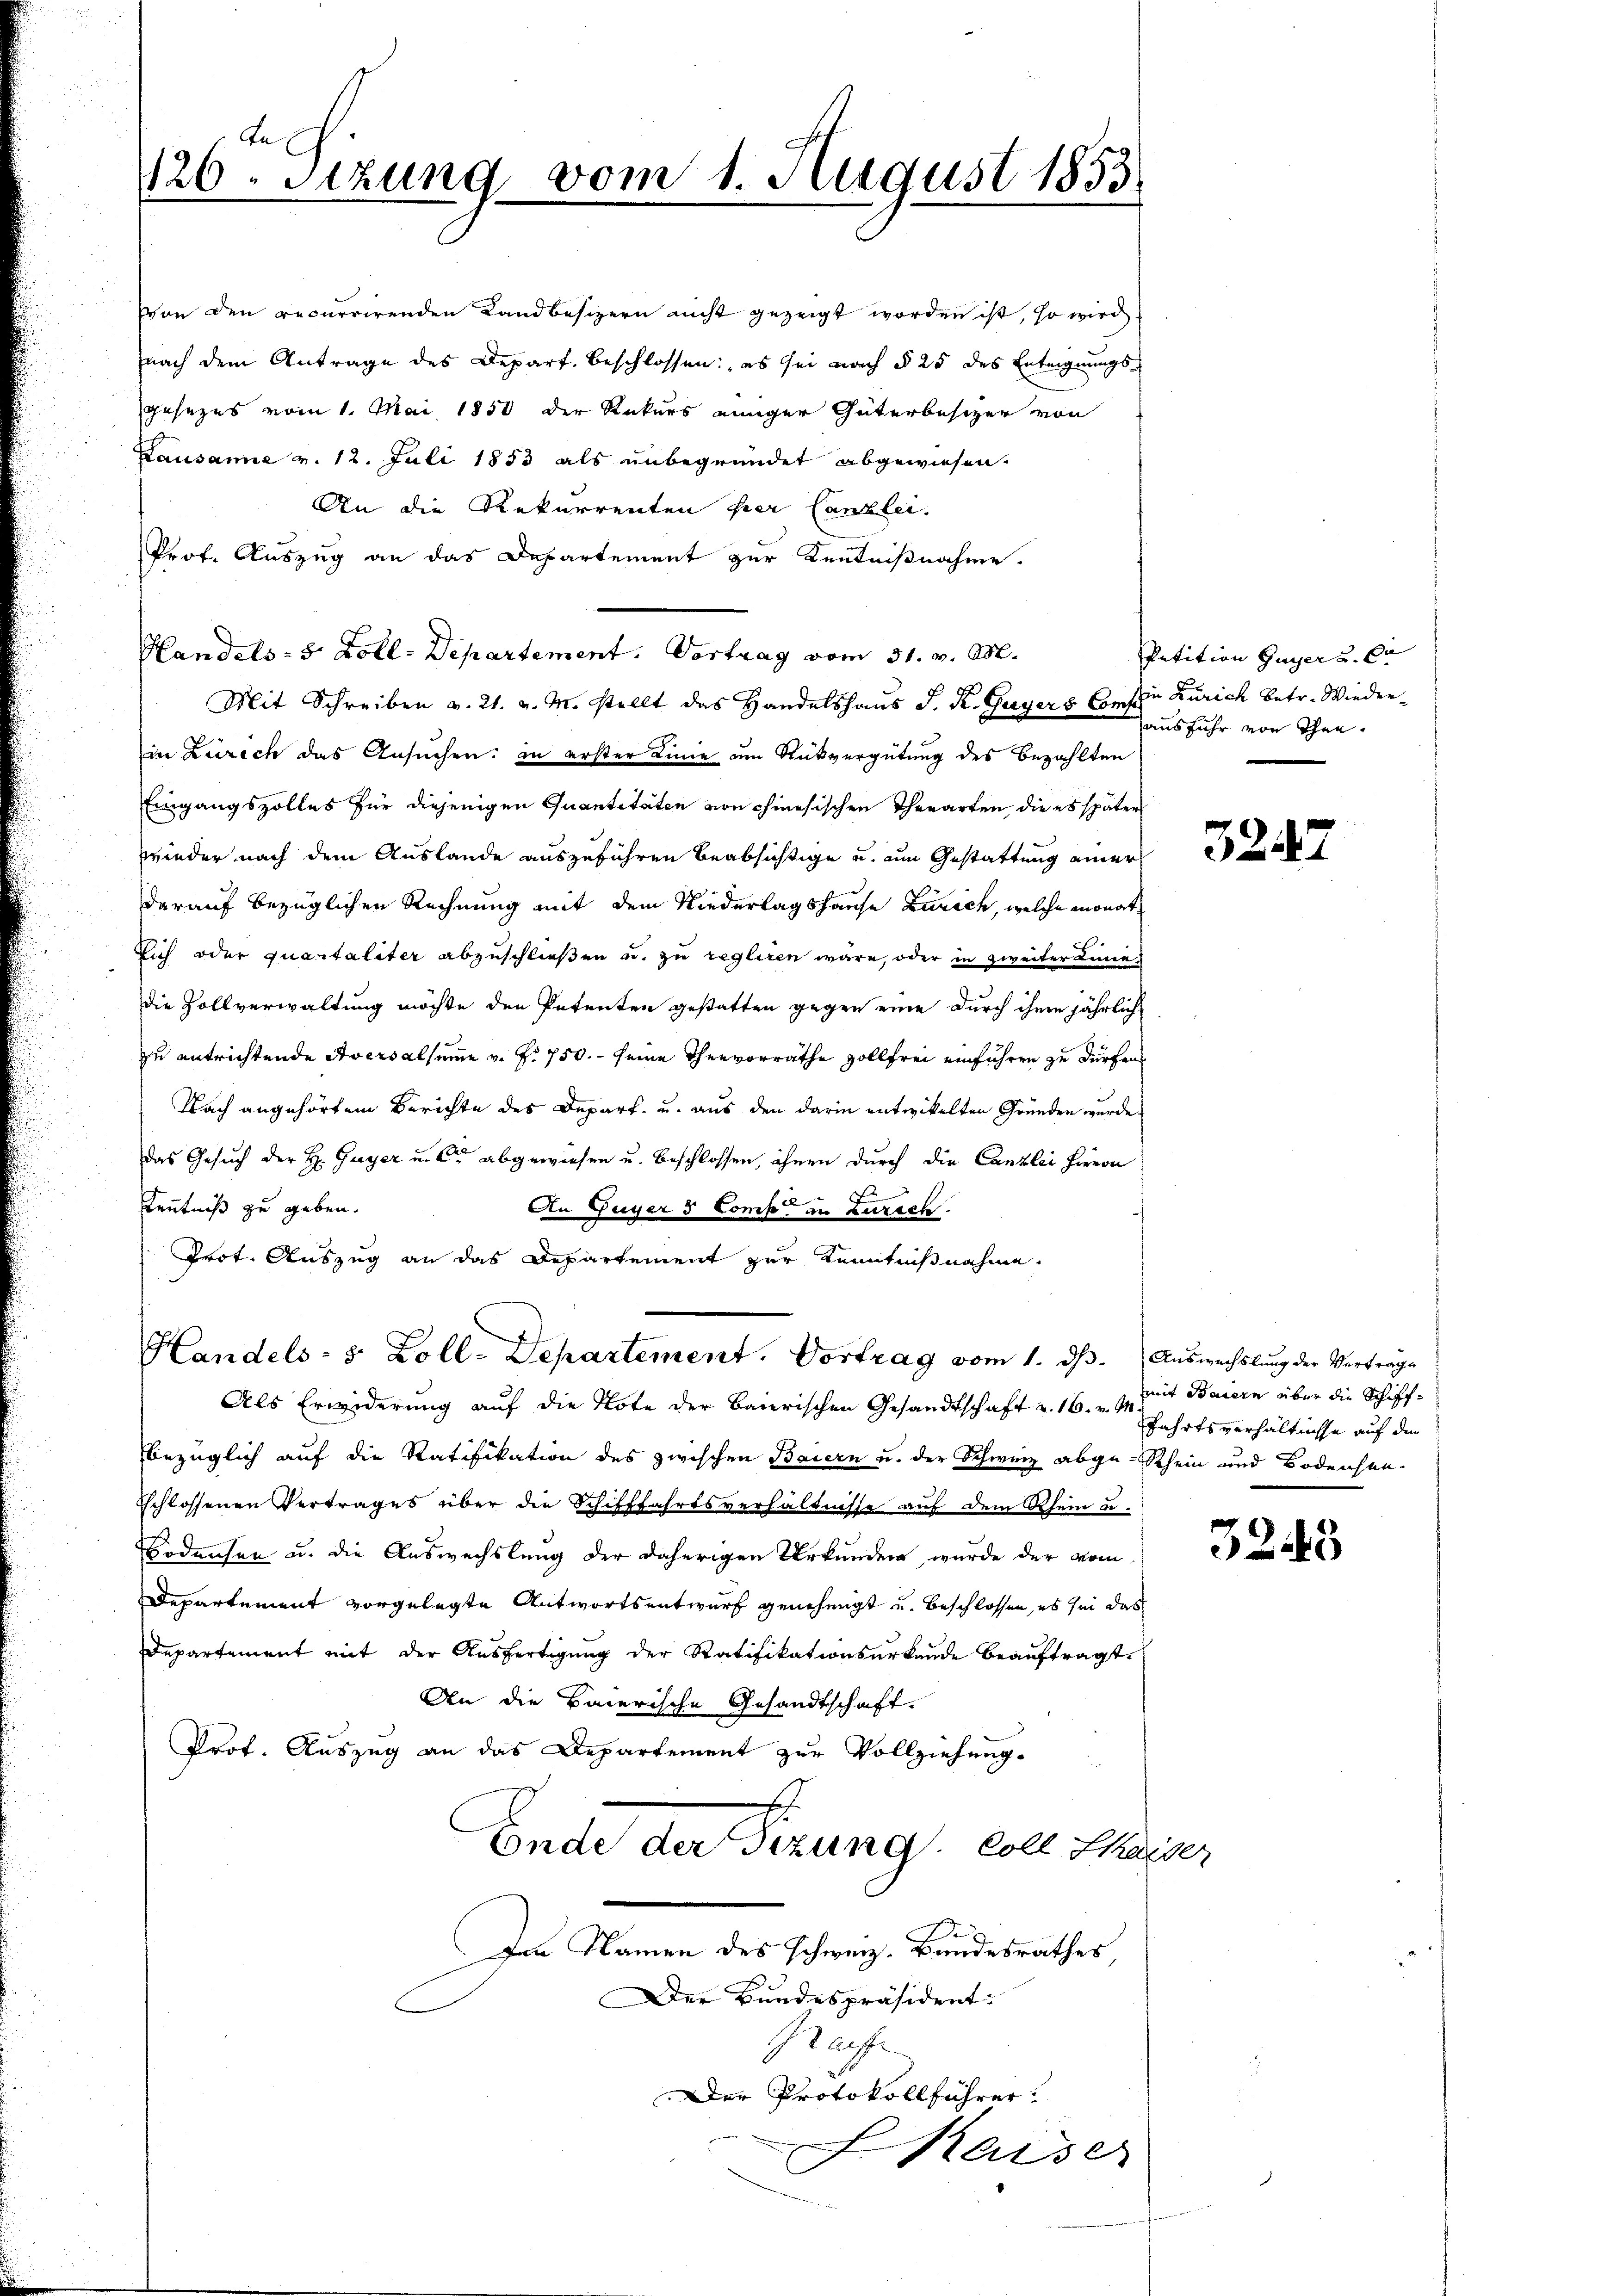
te
120. Sitzung vom 1. August 1853.

Lausanne v. 12. Juli 1853 als unbegründet abgewiesen.
An die Rekurrenten per Canzlei.
Prof. Auszug an das Departement zur Kenntnißnahme.
Handels- 5 Zoll-Departement. Vortrag vom 31. v. M.
Mit Schreiben v. 21. v. M. stellt das Handelshaus J. K. Gagers Gesche Zürich betr. Wiederin Zürich das Ansuchen: in erster Linie um Rückvergütung des Bezahlten
Eingangszolles für diejenigen Quantitäten von chinesischen Thearten, die es später
wieder nach dem Auslande auszuführen beabsichtige u. zum Gestattung einer
darauf bezüglichen Rechnung mit dem Niederlagshause Zürich, welche monat
Eich oder quartaliter abzuschließen u. zu regliren wäre, oder in zweiter Linie
die Zollverwaltung möchte den Petenten gestatten gegen eine durch ihnen jährlich
zu entrichtende Aversalsumme v. f. 750. seine Thervorräthe vollfrei einführen zu dürfen
Nach angehörtem Berichte des Depart u. aus den darin entwickelten Gründen wurde
Das Gesuch der H. Guyer u. Cr abgewiesen u. beschlossen, ihnen durch die Canzlei Hievon
Kenntniß zu geben.
An Fuger & Comp. in Zurech
Prot. Auszug an das Departement zur Kenntnißnahme.
Handels- 5 Zoll. Departement. Vortrag vom 1. ds. Auswechslung der Verträge
Als Erwiderung auf die Note der Baierischen Gesandtschaft u. 16. v. Fahrtsverhältnisse auf den
bezüglich auf die Ratifikation des zwischen Baiern u. der Schweiz abge-Rhein und Bodensen-
sschlossenen Vertrages über die Schifffahrtsverhältnisse auf dem Rhein u
Bodensen u. die Auswechslung der daherigen Urkunden wurde der vom
Departement vorgelegte Antwortsentwurf genehmigt und beschlossen, es sei das
Departement mit der Ausfertigung der Ratifikationsurkunde beauftragt.
An die Baierische Gesandtschaft
Prof. Auszug an das Departement zur Vollziehung.
Ende der Sitzung coll Chaiser
Im Namen des schweiz. Bundesrathes
Der Bundespräsident.
Briefe
Der Protokollführer.
Kaiser

Von den recurrirenden Landbesizern nicht gezeigt worden ist, so wird
nach dem Antrage des Depart beschlossen: es sei nach § 25 des Enteignungsgesezes vom 1. Mai 1858 der Rekurs einiger Güterbesizer von

Petition Guyer u. Cr
ausfuhr von Thee.

mit Baiern über die Schiff¬

32.45